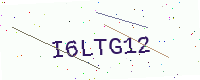
Text: I6LTG12